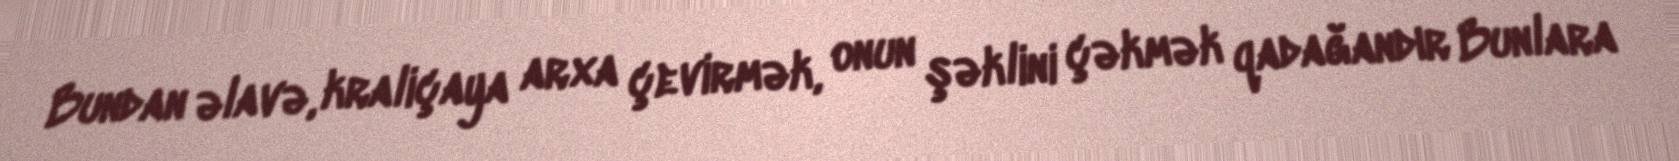
Bundan əlavə, kraliçaya arxa çevirmək, onun şəklini çəkmək qadağandır Bunlara